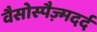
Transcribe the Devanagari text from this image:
वैसोस्पैज़्मदर्द